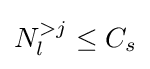
N_{l}^{>j}\leq C_{s}